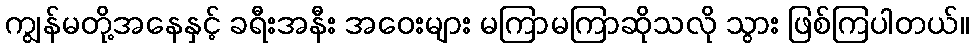
ကျွန်မတို့အနေနှင့် ခရီးအနီး အဝေးများ မကြာမကြာဆိုသလို သွား ဖြစ်ကြပါတယ်။